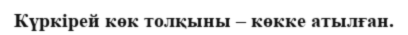
Күркірей көк толқыны – көкке атылған.